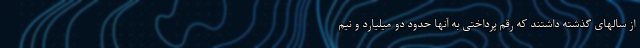
از سالهای گذشته داشتند که رقم پرداختی به آنها حدود دو میلیارد و نیم